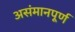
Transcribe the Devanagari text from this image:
असंमानपूर्ण